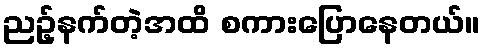
ညဥ့်နက်တဲ့အထိ စကားပြောနေတယ်။